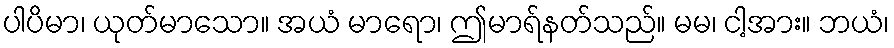
ပါပိမာ၊ ယုတ်မာသော။ အယံ မာရော၊ ဤမာရ်နတ်သည်။ မမ၊ ငါ့အား။ ဘယံ၊